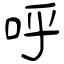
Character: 呼